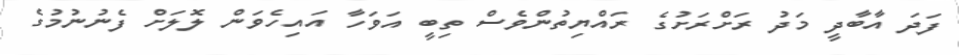
ފަދަ އާބާދީ މަދު ރަށްރަށުގެ ރައްޔިތުންވެސް ތިބީ އަވަހާ އައިހެވަން ލޮލަށް ފެނުނުމުގެ